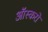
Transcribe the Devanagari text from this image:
ऑस्करों